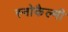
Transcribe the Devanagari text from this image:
स्नोकैल्मी